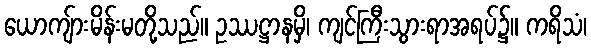
ယောကျ်ားမိန်းမတို့သည်။ ဥဿဋ္ဌာနမှိ၊ ကျင်ကြီးသွားရာအရပ်၌။ ကရိသံ၊